65_HS1-834228961_62-HQ-83894_Section_3
Agency: FBI
Page 20
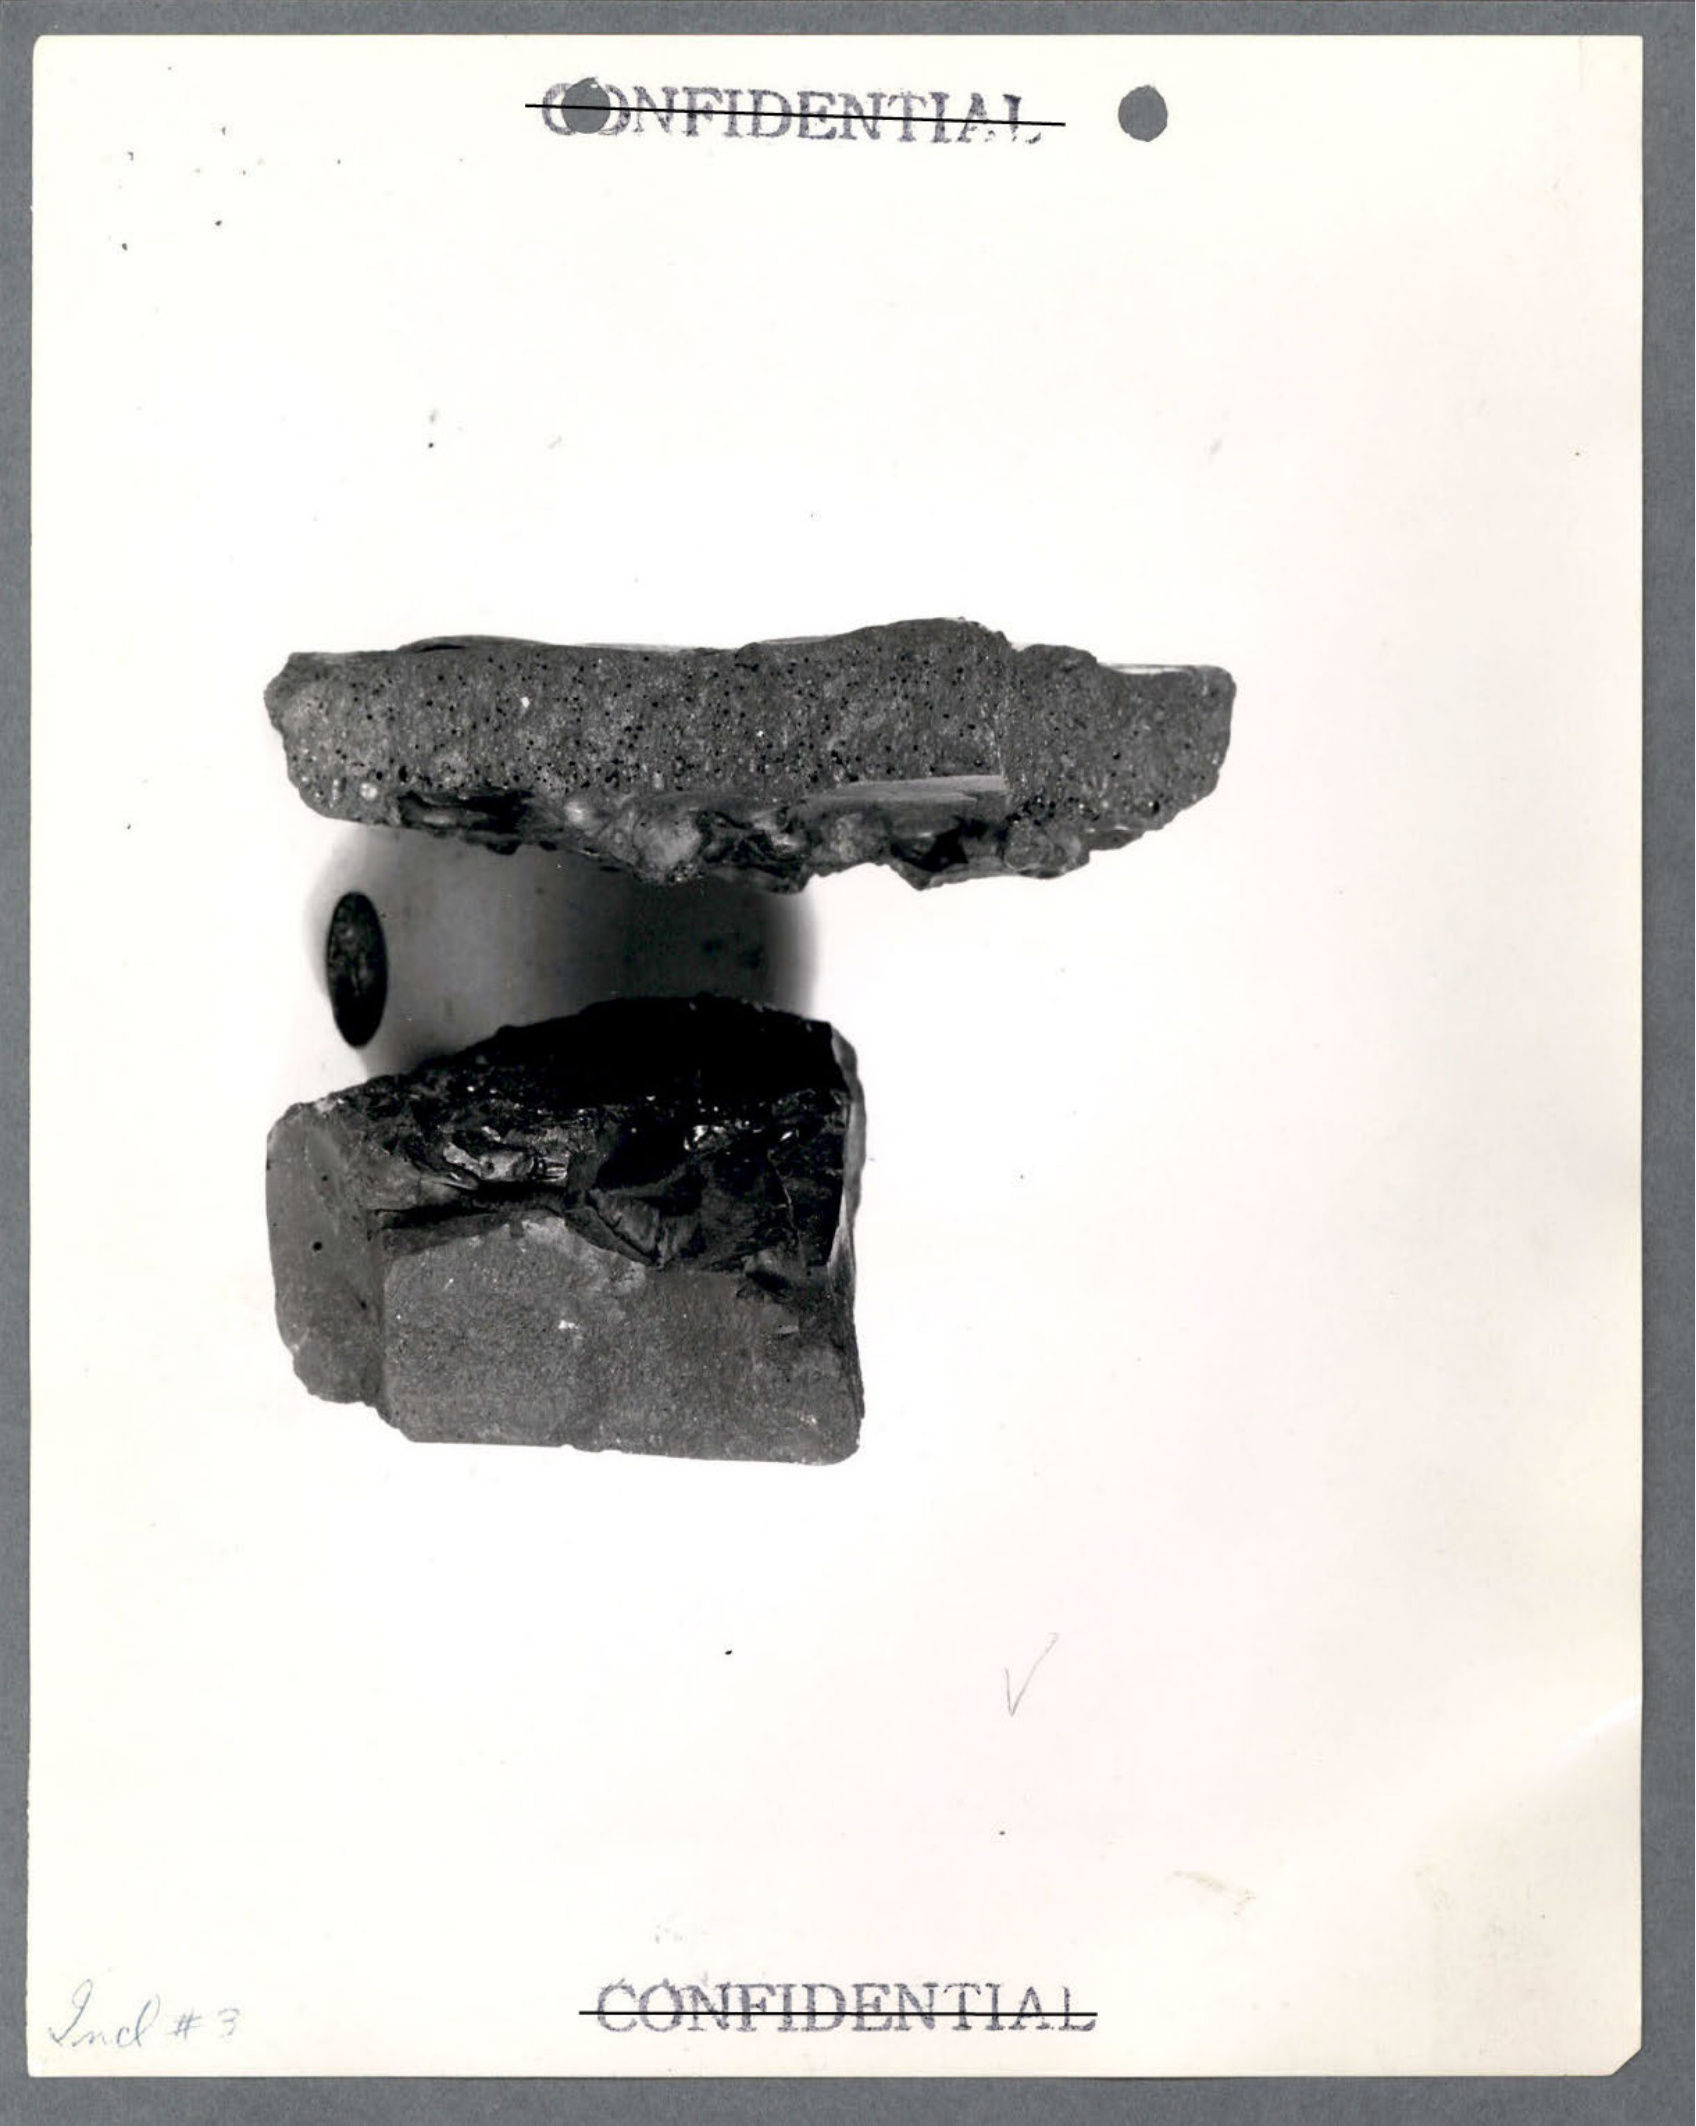